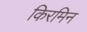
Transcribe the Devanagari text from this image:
किरमिन